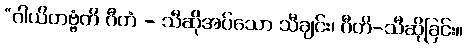
“ဂါယိတဗ္ဗံတိ ဂီတံ - သီဆိုအပ်သော သီချင်း၊ ဂီတိ-သီဆိုခြင်း။